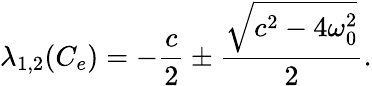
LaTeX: \lambda_{1,2}(C_{e})=-\frac{c}{2}\pm\frac{\sqrt{c^{2}-4\omega_{0}^{2}}}{2}.